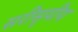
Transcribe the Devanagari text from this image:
सरीसृपीय